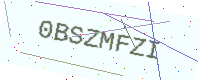
Text: 0BSZMFZI